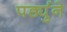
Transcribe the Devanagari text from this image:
पर्ड्युने